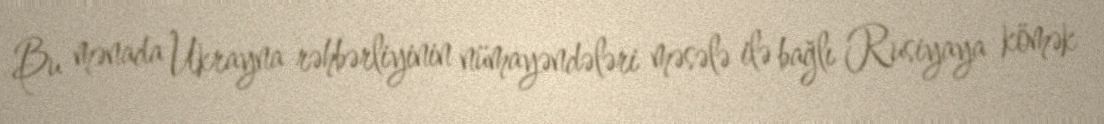
Bu mənada Ukrayna rəhbərliyinin nümayəndələri məsələ ilə bağlı Rusiyaya kömək